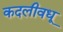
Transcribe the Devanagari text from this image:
कदलीवधू